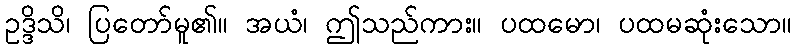
ဥဒ္ဒိသိ၊ ပြတော်မူ၏။ အယံ၊ ဤသည်ကား။ ပထမော၊ ပထမဆုံးသော။